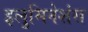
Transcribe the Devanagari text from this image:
इलुमिनेशंस